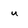
Character: u